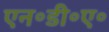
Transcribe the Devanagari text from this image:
एन॰डी॰ए॰